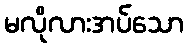
မလိုလားအပ်သော